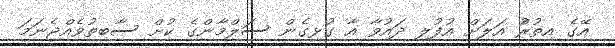
އޭގެ އިތުރުް އަލަށް އުފުލި ދައުވާ އާ ގުޅިގެން ސަލްމާންގެ ކުށް ސާބިތުވެއްޖެނަމަ